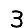
Digit: 3